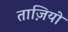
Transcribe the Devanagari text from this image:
ताज़ियो